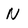
Character: N